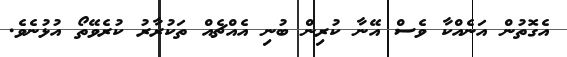
އެގޮތުން އަނެއްކާ ވެސް އޭނާ ކުރިން ބުނި އެއްޗެއް ތަކުރާރު ކުރެވޭތޯ އުޅުނެވެ.